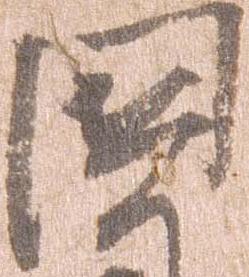
国